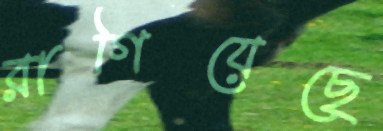
রাগিয়েছে